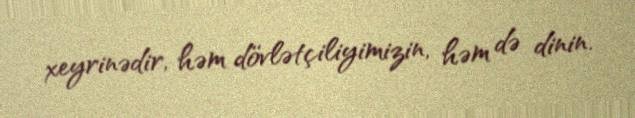
xeyrinədir, həm dövlətçiliyimizin, həm də dinin.